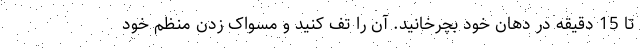
تا 15 دقیقه در دهان خود بچرخانید. آن را تف کنید و مسواک زدن منظم خود